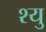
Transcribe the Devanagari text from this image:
श्यु